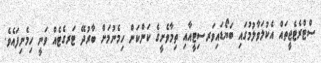
ސްޓްރެޓެޖީތައް އެކުލަވާލުމުގައި ބަޔޯޑައިވަރސިޓީއާއި ތިމާވެށީގެ ކަންކަން ހިމެނުމަށް ބާރުދޭ ޓަރގެޓެއް ވަނީ ހިމެނިފައެވެ.